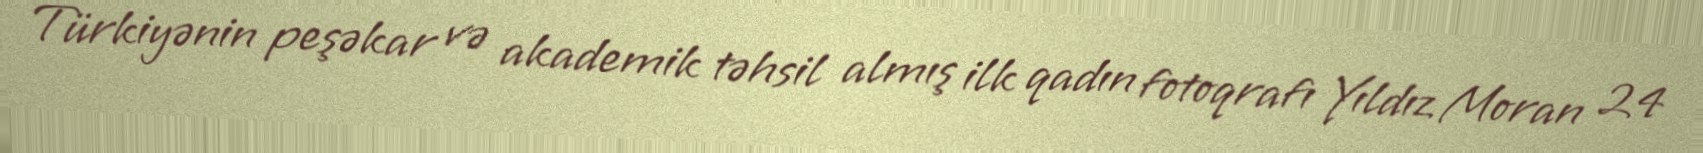
Türkiyənin peşəkar və akademik təhsil almış ilk qadın fotoqrafı Yıldız Moran 24